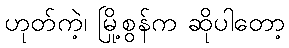
ဟုတ်ကဲ့၊ မြို့စွန်က ဆိုပါတော့